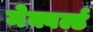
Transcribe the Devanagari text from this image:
मेक्वर्ल्ड